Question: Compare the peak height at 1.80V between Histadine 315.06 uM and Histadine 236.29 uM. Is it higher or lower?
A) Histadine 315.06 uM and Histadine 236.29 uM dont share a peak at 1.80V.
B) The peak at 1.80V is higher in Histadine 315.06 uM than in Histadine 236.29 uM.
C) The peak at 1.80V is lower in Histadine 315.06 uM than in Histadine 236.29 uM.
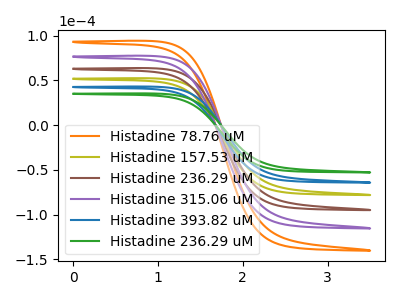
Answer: <think>The orange curve "Histadine 78.76 uM" has no peaks. The olive curve "Histadine 157.53 uM" has no peaks. The brown curve "Histadine 236.29 uM" has no peaks. The purple curve "Histadine 315.06 uM" has no peaks. The blue curve "Histadine 393.82 uM" has no peaks. The green curve "Histadine 236.29 uM" has no peaks.</think>
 <answer>A) "Histadine 315.06 uM" and "Histadine 236.29 uM" dont share a peak at 1.80V.</answer>
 <eval>A</eval>